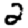
Digit: 2